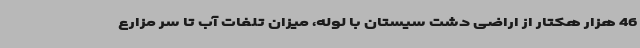
46 هزار هکتار از اراضی دشت سیستان با لوله، میزان تلفات آب تا سر مزارع